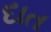
દાત